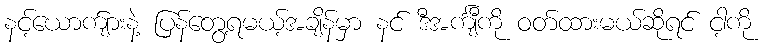
နင့်ယောက်ျားနဲ့ ပြန်တွေ့ရမယ့်အချိန်မှာ နင် ဒီအင်္ကျီကို ဝတ်ထားမယ်ဆိုရင် ငါ့ကို